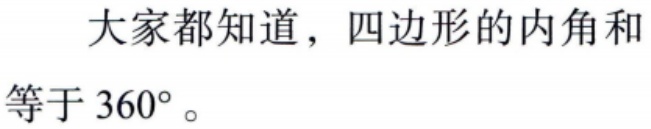
大家都知道，四边形的内角和等于 \(360^{\circ}\)。